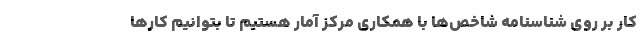
کار بر روی شناسنامه شاخص‌ها با همکاری مرکز آمار هستیم تا بتوانیم کارها